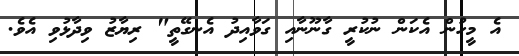
އެ މީހުން އެކަން ނުކުރީ ގާނޫނާއި ގަވާއިދު އެނގޭތީ" ރިޔާޒު ވިދާޅުވި އެވެ.